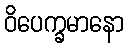
ဝိပေက္ခမာနော